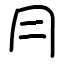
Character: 冃